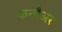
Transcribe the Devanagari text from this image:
कनौअर